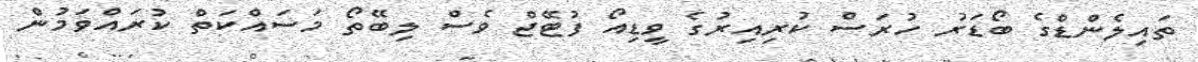
ތައިލެންޑްގެ ބޯޑަރު ހުރަސް ކުރިއިރުގެ ވީޑިއޯ ފުޓޭޖް ވެސް ލިބޭތޯ މަސައްކަތް ކުރައްވަމުން